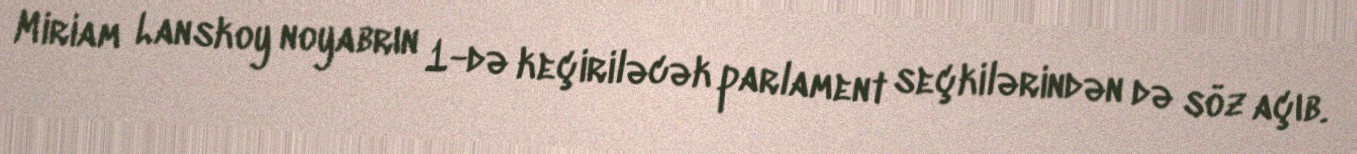
Miriam Lanskoy noyabrın 1-də keçiriləcək parlament seçkilərindən də söz açıb.